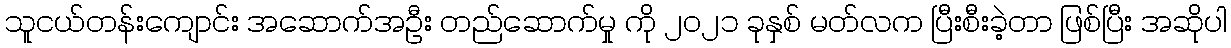
သူငယ်တန်းကျောင်း အဆောက်အဦး တည်ဆောက်မှု ကို ၂၀၂၁ ခုနှစ် မတ်လက ပြီးစီးခဲ့တာ ဖြစ်ပြီး အဆိုပါ